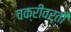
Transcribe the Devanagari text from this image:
चक्रीवर्ती